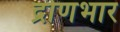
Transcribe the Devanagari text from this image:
द्रोणभार